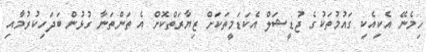
ހިމެނޭ އެކިއެކި ގައުމުތަކުގެ ޖުޑީޝަލް އެކަޑަމީތަކަށް ޒިޔާރަތްކޮށް އެ ތަންތަނާ ގުޅުން ބަދަހިކުރުމާއި